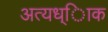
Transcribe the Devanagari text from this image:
अत्यध्ािक